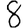
Digit: 8